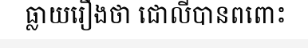
ធ្លាយរឿងថា ជោលីបានពពោះ